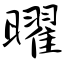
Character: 曜